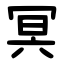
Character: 冥